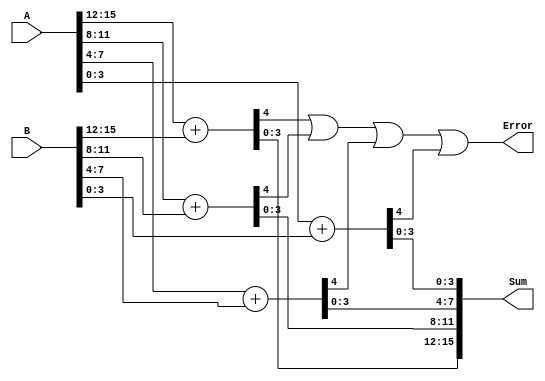
module PSA_16bit(Sum,Error,A,B);

input[15:0]A,B;
output[15:0]Sum;
output Error;

wire [4:0] most_significant;
wire [4:0] third_significant;
wire [4:0] second_significant;
wire [4:0] least_significant;

assign most_significant = {1'b0,{A[15:12]}} + {1'b0,B[15:12]};
assign third_significant = {1'b0,A[11:8]} + {1'b0,B[11:8]};
assign second_significant = {1'b0,A[7:4]} + {1'b0,B[7:4]};
assign least_significant = {1'b0,A[3:0]} + {1'b0,B[3:0]};

assign Error = most_significant[4] | third_significant[4] | second_significant[4] | least_significant[4];
assign Sum = {most_significant[3:0],third_significant[3:0],second_significant[3:0],least_significant[3:0]};

endmodule